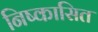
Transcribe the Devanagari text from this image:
निष्कासित